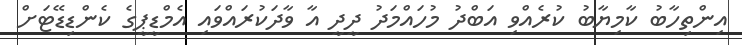
އިންތިހާބު ކާމިޔާބު ކުރެއްވި އަބްދު މުހައްމަދު ދީދީ އާ ވާދަކުރައްވައި އެމްޑީޕީގެ ކެންޑިޑޭޓަށް